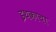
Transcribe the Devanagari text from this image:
इथकाचा